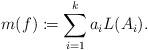
LaTeX: \begin{align*} m(f) \coloneqq \sum\limits_{i=1}^{k}a_{i}L(A_{i}). \end{align*}